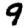
Digit: 9